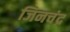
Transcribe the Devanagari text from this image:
जिनचंद्र